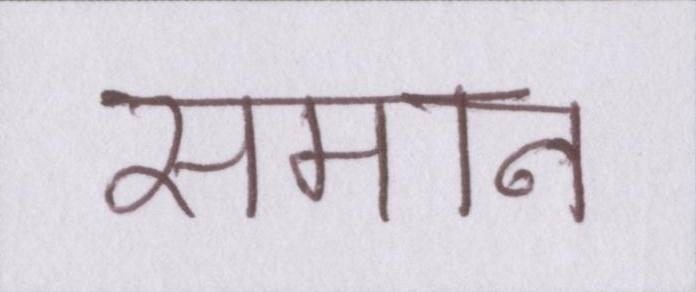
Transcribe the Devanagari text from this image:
समान